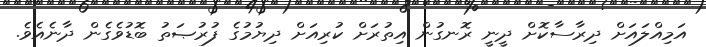
އަމިއްލައަށް ދިރާސާކޮށް ދީނީ ރޮނގުން އިތުރަށް ކުރިއަށް ދިޔުމުގެ ފުރުޞަތު ބޮޑުވެގެން ދާނެއެވެ.